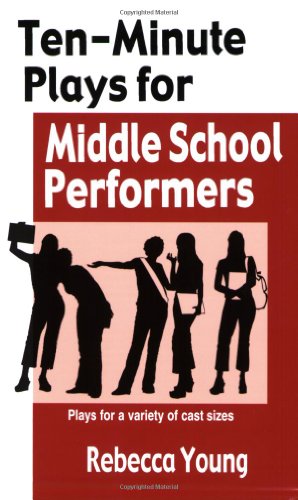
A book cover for Ten-Minute Plays for Middle School Performers: Plays for a Variety of Cast Sizes; Rebecca Young; Teen & Young Adult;